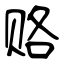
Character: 赂